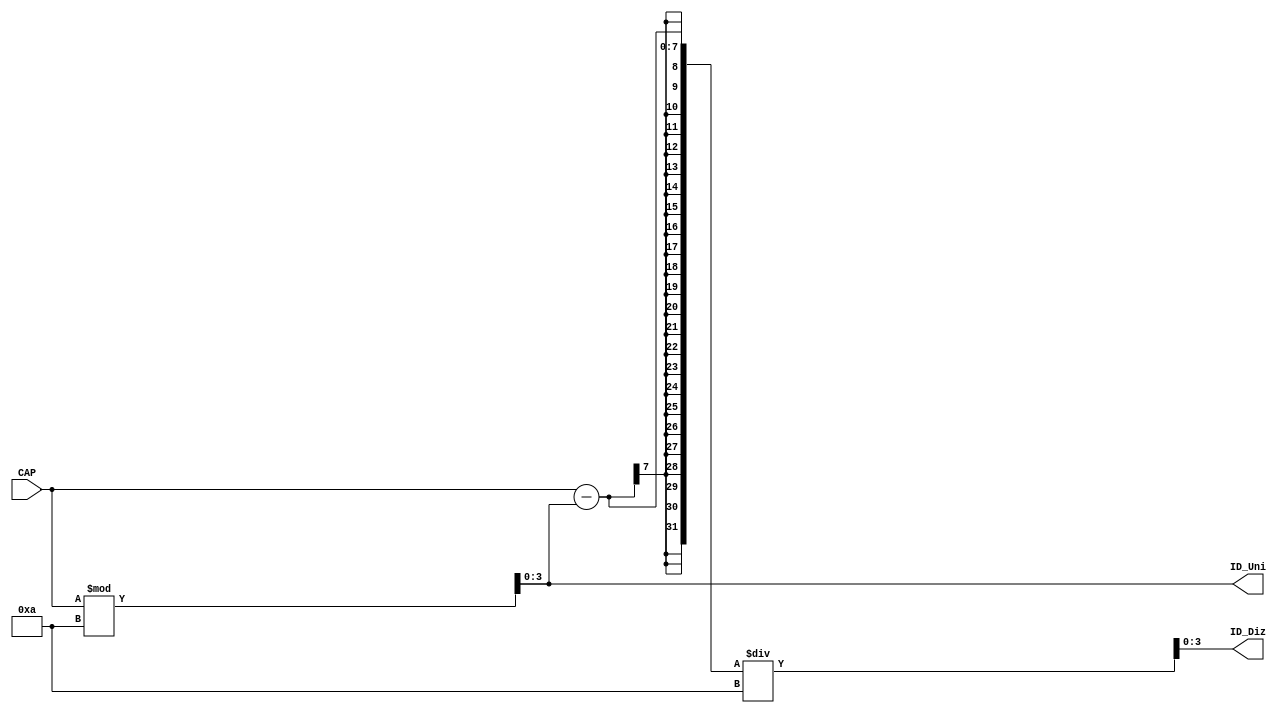
module Trans_Aff_Res(CAP, ID_Uni, ID_Diz);

input[6:0] CAP;

output[3:0] ID_Diz;
output[3:0] ID_Uni;

reg[3:0] ID_Uni;
reg[3:0] ID_Diz;


always @(CAP)
begin
	ID_Uni <= (CAP % 10);
	ID_Diz <= ((CAP - ID_Uni)/10);
end



endmodule